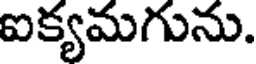
ఐక్యమగును.